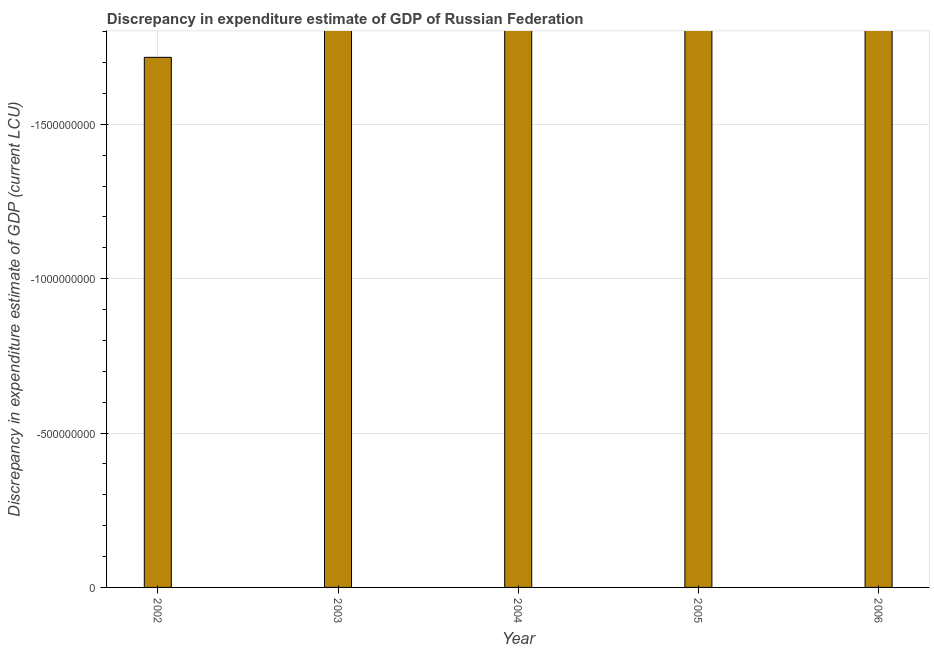
| Year | Discrepancy current LCU |
 | --- | --- |
 | 2002 | -1.72e+09 |
 | 2003 | -1.08e+11 |
 | 2004 | -9.61e+10 |
 | 2005 | -1.26e+11 |
 | 2006 | -1.72e+10 |